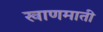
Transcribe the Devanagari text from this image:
खाणमाती